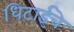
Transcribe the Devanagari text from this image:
धिटाईचे